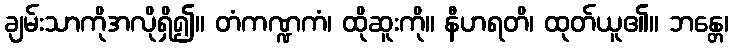
ချမ်းသာကိုအလိုရှိ၍။ တံကဏ္ဍကံ၊ ထိုဆူးကို။ နီဟရတိ၊ ထုတ်ယူ၏။ ဘန္တေ၊